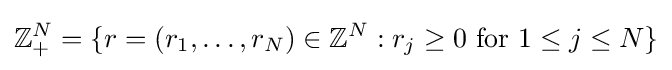
\mathbb {Z} _{+}^{N}=\{r=(r_{1},\dots ,r_{N})\in \mathbb {Z} ^{N}:r_{j}\geq 0\ {\text{for}}\ 1\leq j\leq N\}